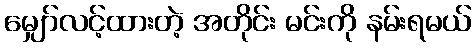
မျှော်လင့်ထားတဲ့ အတိုင်း မင်းကို နမ်းရမယ်